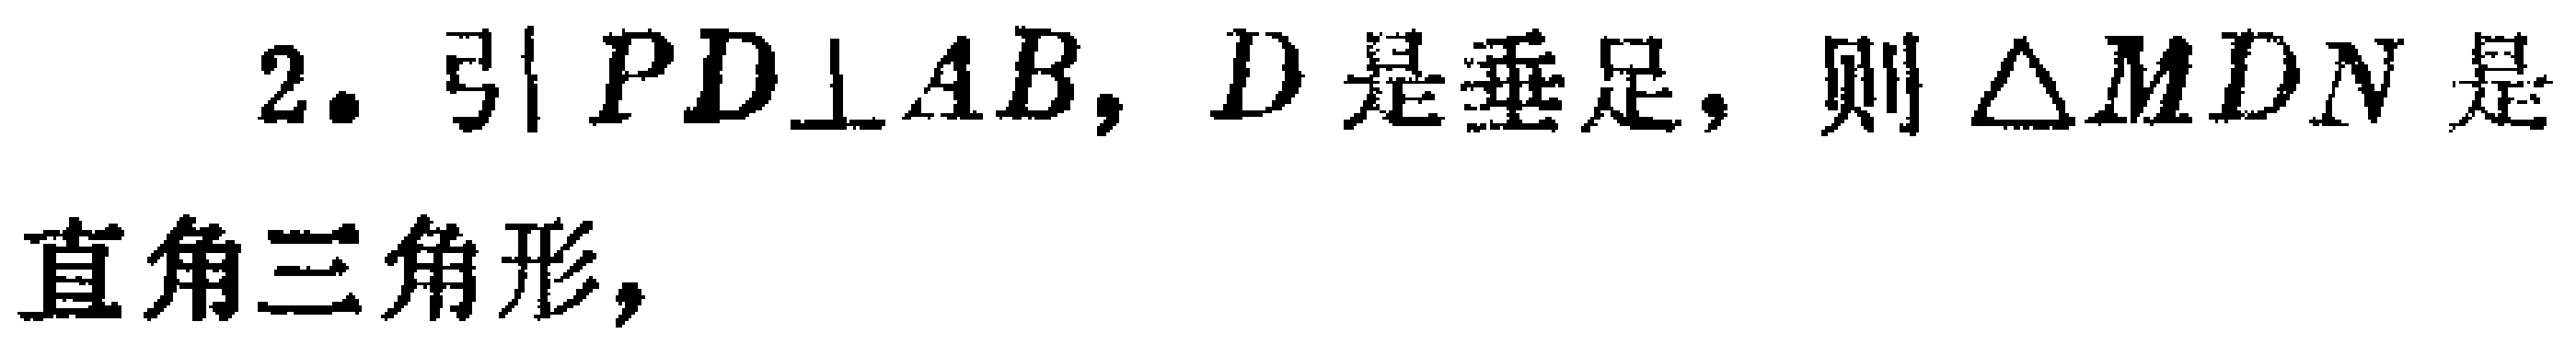
2. 引 \(PD\perp AB\)，\(D\) 是垂足，则 \(\triangle MDN\) 是直角三角形，